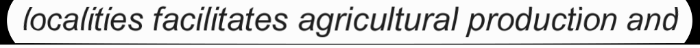
localities facilitates agricultural production and